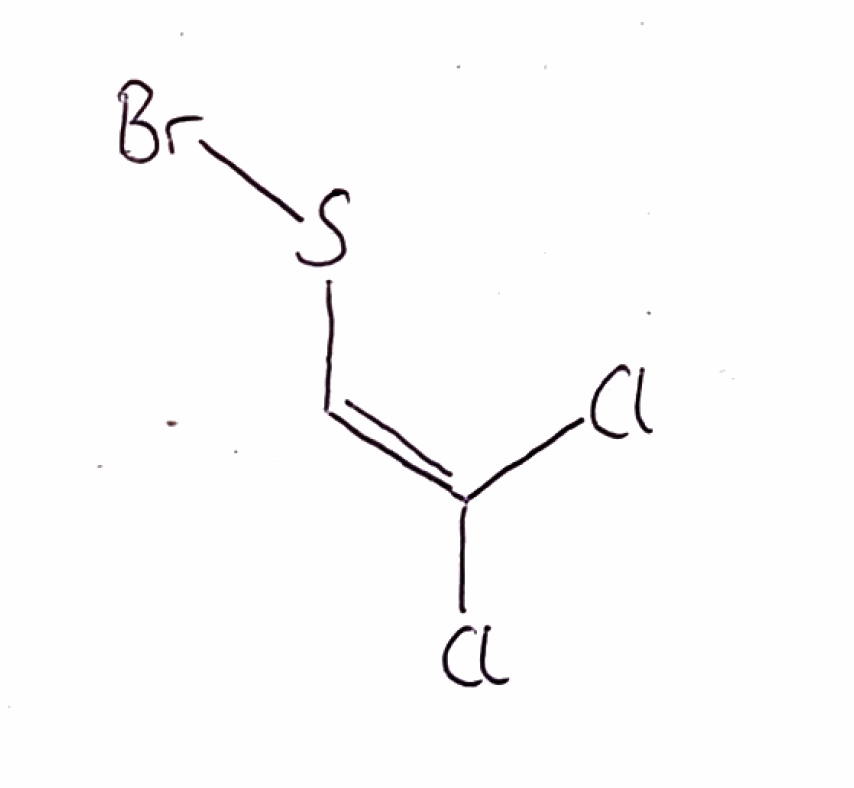
Simplified molecular-input line-entry system (SMILES) notation of the given molecule:
C(=C(Cl)Cl)SBr